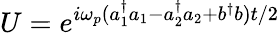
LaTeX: U=e^{i\omega_{p}(a_{1}^{\dagger}a_{1}-a_{2}^{\dagger}a_{2}+b^{\dagger}b)t/2}